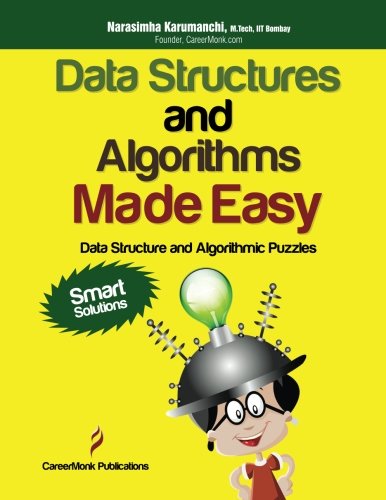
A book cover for Data Structures and Algorithms Made Easy: Data Structure and Algorithmic Puzzles, Second Edition; Narasimha Karumanchi; Computers & Technology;